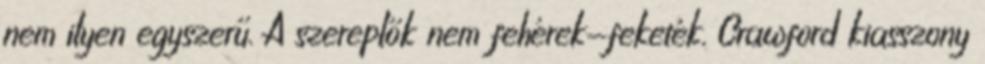
nem ilyen egyszerű. A szereplők nem fehérek-feketék. Crawford kiasszony